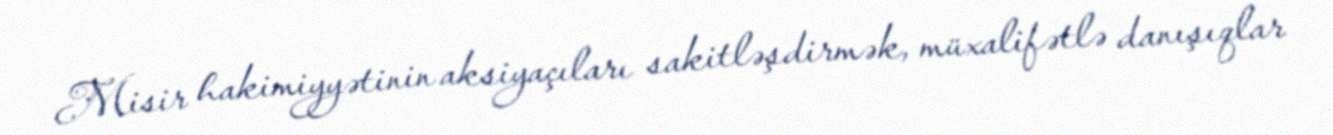
Misir hakimiyyətinin aksiyaçıları sakitləşdirmək, müxalifətlə danışıqlar